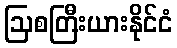
ဩစတြီးယားနိုင်ငံ